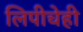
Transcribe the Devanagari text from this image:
लिपीचेही